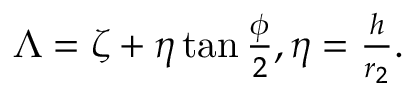
\begin{array} { r } { \Lambda = \zeta + \eta \tan { \frac { \phi } { 2 } } , \eta = \frac { h } { r _ { 2 } } . } \end{array}